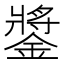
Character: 𨫥